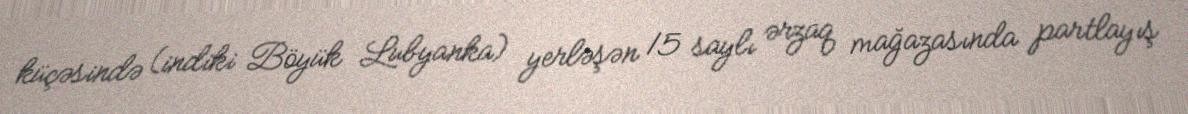
küçəsində (indiki Böyük Lubyanka) yerləşən 15 saylı ərzaq mağazasında partlayış